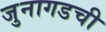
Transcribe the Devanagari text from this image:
जुनागडची